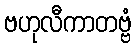
ဗဟုလီကာတဗ္ဗံ